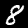
Label: 8